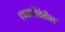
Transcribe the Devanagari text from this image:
पत्रकारीतेतील